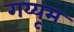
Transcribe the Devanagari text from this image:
गय्यूम